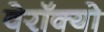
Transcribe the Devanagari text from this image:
वेरॉक्यो